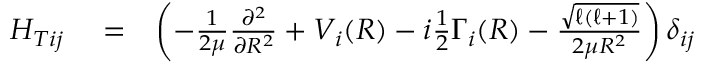
\begin{array} { r l r } { H _ { T i j } } & { { } = } & { \left( - \frac { 1 } { 2 \mu } \frac { \partial ^ { 2 } } { \partial R ^ { 2 } } + V _ { i } ( R ) - i \frac { 1 } { 2 } \Gamma _ { i } ( R ) - \frac { \sqrt { \ell ( \ell + 1 ) } } { 2 \mu R ^ { 2 } } \right) \delta _ { i j } } \end{array}